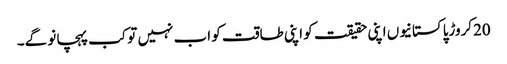
20کروڑپاکستانیوں اپنی حقیقت کو اپنی طاقت کو اب نہیں تو کب پہچانو گے۔